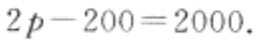
$2p - 200 = 2000$.